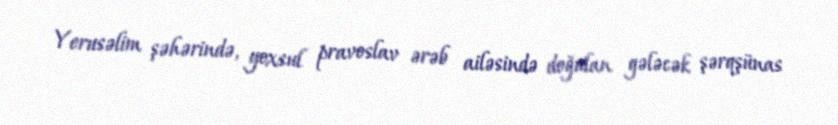
Yerusəlim şəhərində, yoxsul pravoslav ərəb ailəsində doğulan gələcək şərqşünas